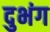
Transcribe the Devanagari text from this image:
दुभंग